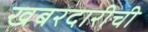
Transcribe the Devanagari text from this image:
खबरदारीची